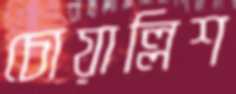
চোয়াল্লিশ